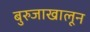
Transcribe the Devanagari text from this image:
बुरुजाखालून